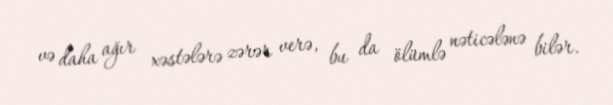
və daha ağır xəstələrə zərər verə, bu da ölümlə nəticələnə bilər.